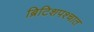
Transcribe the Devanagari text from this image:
ब्रिटिशपश्चात